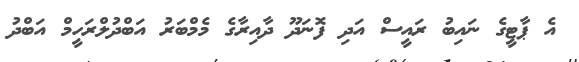
އެ ޕާޓީގެ ނައިބު ރައީސް އަދި ފޮނަދޫ ދާއިރާގެ މެމްބަރު އަބްދުލްރަހީމް އަބްދު